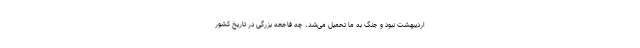
اردیبهشت نبود و جنگ به ما تحمیل می‌شد،‌ چه فاجعه بزرگی در تاریخ کشور